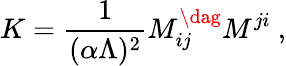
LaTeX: K={\frac{1}{(\alpha\Lambda)^{2}}}M_{ij}^{\dag}M^{ji}\ ,